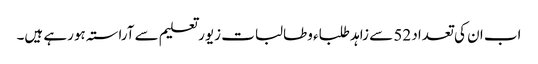
اب ان کی تعداد 52 سے زاہد طلباء وطالبات زیور تعلیم سے آراستہ ہورہے ہیں۔